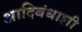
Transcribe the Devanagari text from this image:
आदिबंधाशी